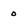
Character: o